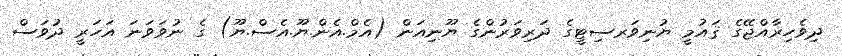
ދިވެހިރާއްޖޭގެ ޤައުމީ ޔުނިވަރސިޓީގެ ދަރިވަރުންގެ ޔޫނިއަން (އެމް.އެން.ޔޫ.އެސް.ޔޫ) ގެ ނުވަވަނަ އަހަރީ ދުވަސް